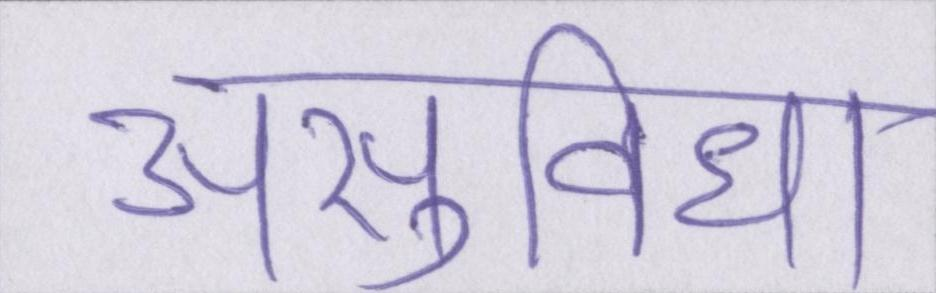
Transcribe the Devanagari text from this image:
असुविधा